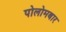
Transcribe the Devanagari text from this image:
पोलोमबार